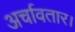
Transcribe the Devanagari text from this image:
अर्चावतार।